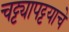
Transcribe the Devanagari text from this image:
चट्ट्यापट्टयाचे